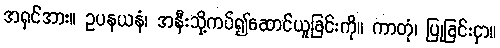
အရှင်အား။ ဥပနယနံ၊ အနီးသို့ကပ်၍ဆောင်ယူခြင်းကို။ ကာတုံ၊ ပြုခြင်းငှာ။